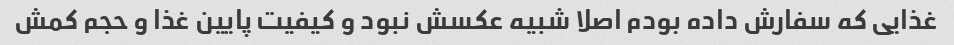
غذایی که سفارش داده بودم اصلا شبیه عکسش نبود و کیفیت پایین غذا و حجم کمش